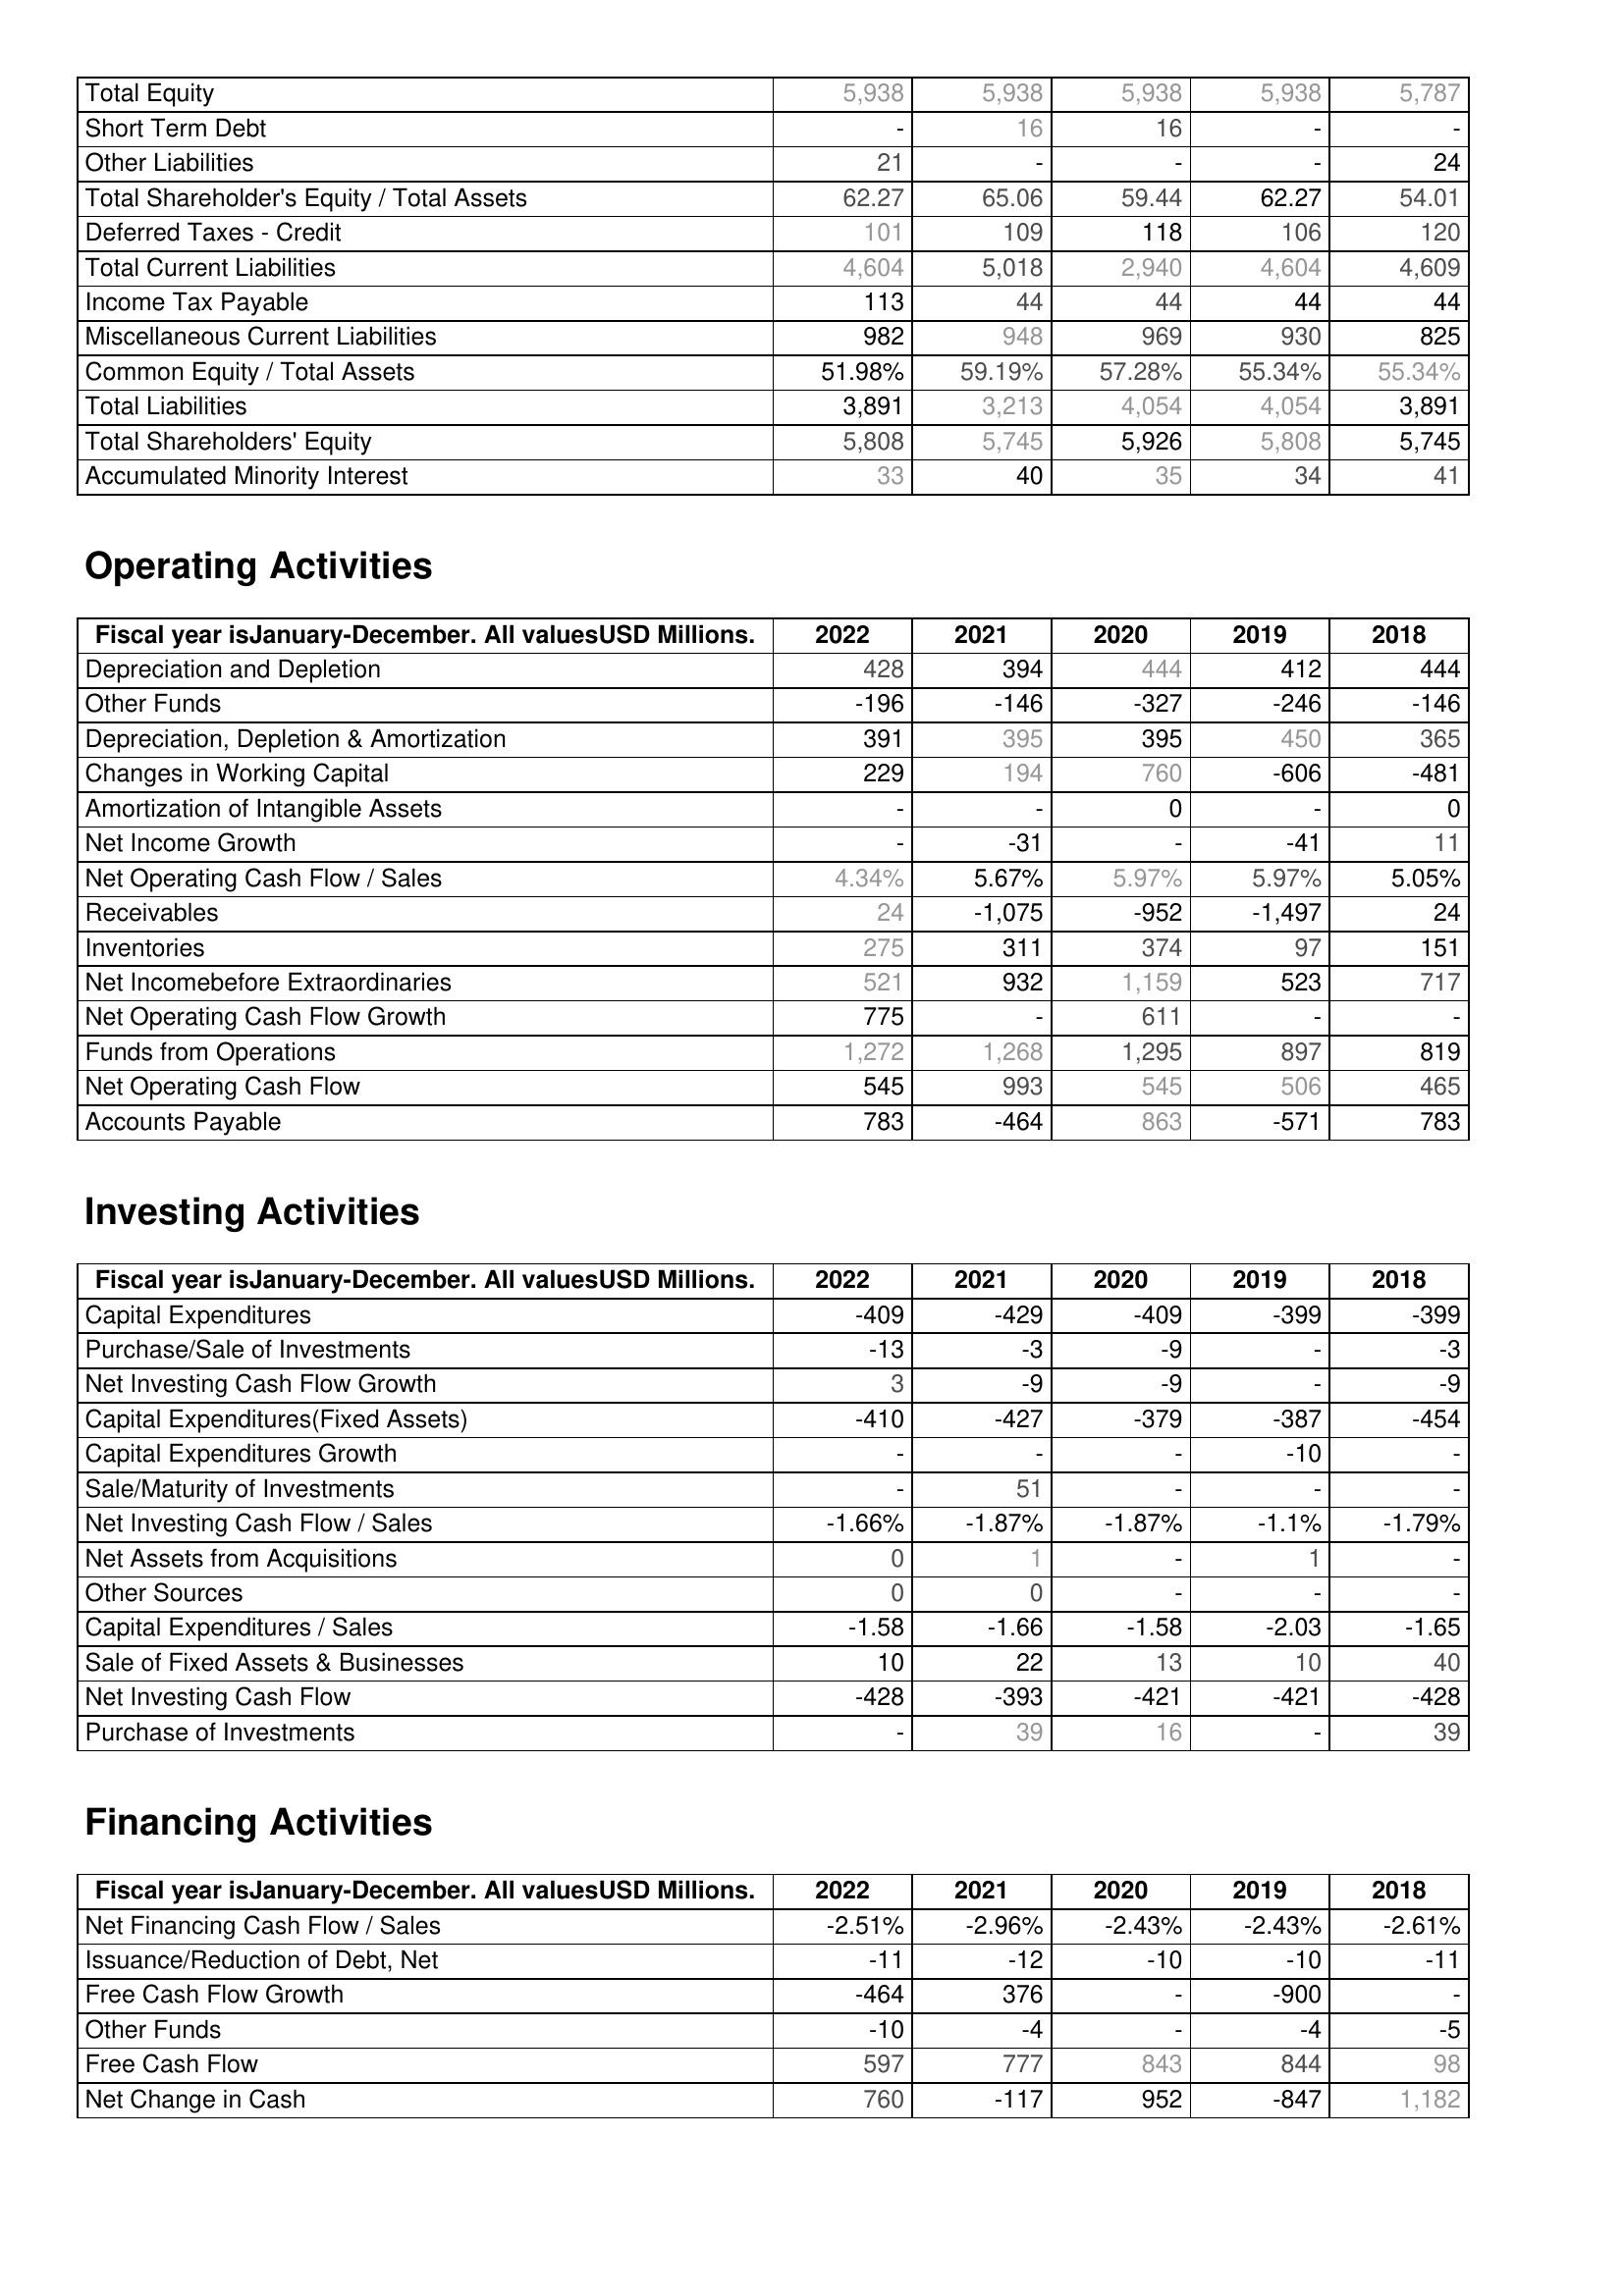
2022: Liabilities & Shareholder's Equity: Total Equity: 5,938
Short Term Debt: -
Other Liabilities: 21
Total Shareholder's Equity / Total Assets: 62.27
Deferred Taxes - Credit: 101
Total Current Liabilities: 4,604
Income Tax Payable: 113
Miscellaneous Current Liabilities: 982
Common Equity / Total Assets: 51.98%
Total Liabilities: 3,891
Total Shareholders' Equity: 5,808
Accumulated Minority Interest: 33
Operating Activities: Depreciation and Depletion: 428
Other Funds: -196
Depreciation, Depletion & Amortization: 391
Changes in Working Capital: 229
Amortization of Intangible Assets: -
Net Income Growth: -
Net Operating Cash Flow / Sales: 4.34%
Receivables: 24
Inventories: 275
Net Incomebefore Extraordinaries: 521
Net Operating Cash Flow Growth: 775
Funds from Operations: 1,272
Net Operating Cash Flow: 545
Accounts Payable: 783
Investing Activities: Capital Expenditures: -409
Purchase/Sale of Investments: -13
Net Investing Cash Flow Growth: 3
Capital Expenditures(Fixed Assets): -410
Capital Expenditures Growth: -
Sale/Maturity of Investments: -
Net Investing Cash Flow / Sales: -1.66%
Net Assets from Acquisitions: 0
Other Sources: 0
Capital Expenditures / Sales: -1.58
Sale of Fixed Assets & Businesses: 10
Net Investing Cash Flow: -428
Purchase of Investments: -
Financing Activities: Net Financing Cash Flow / Sales: -2.51%
Issuance/Reduction of Debt, Net: -11
Free Cash Flow Growth: -464
Other Funds: -10
Free Cash Flow: 597
Net Change in Cash: 760
2021: Liabilities & Shareholder's Equity: Total Equity: 5,938
Short Term Debt: 16
Other Liabilities: -
Total Shareholder's Equity / Total Assets: 65.06
Deferred Taxes - Credit: 109
Total Current Liabilities: 5,018
Income Tax Payable: 44
Miscellaneous Current Liabilities: 948
Common Equity / Total Assets: 59.19%
Total Liabilities: 3,213
Total Shareholders' Equity: 5,745
Accumulated Minority Interest: 40
Operating Activities: Depreciation and Depletion: 394
Other Funds: -146
Depreciation, Depletion & Amortization: 395
Changes in Working Capital: 194
Amortization of Intangible Assets: -
Net Income Growth: -31
Net Operating Cash Flow / Sales: 5.67%
Receivables: -1,075
Inventories: 311
Net Incomebefore Extraordinaries: 932
Net Operating Cash Flow Growth: -
Funds from Operations: 1,268
Net Operating Cash Flow: 993
Accounts Payable: -464
Investing Activities: Capital Expenditures: -429
Purchase/Sale of Investments: -3
Net Investing Cash Flow Growth: -9
Capital Expenditures(Fixed Assets): -427
Capital Expenditures Growth: -
Sale/Maturity of Investments: 51
Net Investing Cash Flow / Sales: -1.87%
Net Assets from Acquisitions: 1
Other Sources: 0
Capital Expenditures / Sales: -1.66
Sale of Fixed Assets & Businesses: 22
Net Investing Cash Flow: -393
Purchase of Investments: 39
Financing Activities: Net Financing Cash Flow / Sales: -2.96%
Issuance/Reduction of Debt, Net: -12
Free Cash Flow Growth: 376
Other Funds: -4
Free Cash Flow: 777
Net Change in Cash: -117
2020: Liabilities & Shareholder's Equity: Total Equity: 5,938
Short Term Debt: 16
Other Liabilities: -
Total Shareholder's Equity / Total Assets: 59.44
Deferred Taxes - Credit: 118
Total Current Liabilities: 2,940
Income Tax Payable: 44
Miscellaneous Current Liabilities: 969
Common Equity / Total Assets: 57.28%
Total Liabilities: 4,054
Total Shareholders' Equity: 5,926
Accumulated Minority Interest: 35
Operating Activities: Depreciation and Depletion: 444
Other Funds: -327
Depreciation, Depletion & Amortization: 395
Changes in Working Capital: 760
Amortization of Intangible Assets: 0
Net Income Growth: -
Net Operating Cash Flow / Sales: 5.97%
Receivables: -952
Inventories: 374
Net Incomebefore Extraordinaries: 1,159
Net Operating Cash Flow Growth: 611
Funds from Operations: 1,295
Net Operating Cash Flow: 545
Accounts Payable: 863
Investing Activities: Capital Expenditures: -409
Purchase/Sale of Investments: -9
Net Investing Cash Flow Growth: -9
Capital Expenditures(Fixed Assets): -379
Capital Expenditures Growth: -
Sale/Maturity of Investments: -
Net Investing Cash Flow / Sales: -1.87%
Net Assets from Acquisitions: -
Other Sources: -
Capital Expenditures / Sales: -1.58
Sale of Fixed Assets & Businesses: 13
Net Investing Cash Flow: -421
Purchase of Investments: 16
Financing Activities: Net Financing Cash Flow / Sales: -2.43%
Issuance/Reduction of Debt, Net: -10
Free Cash Flow Growth: -
Other Funds: -
Free Cash Flow: 843
Net Change in Cash: 952
2019: Liabilities & Shareholder's Equity: Total Equity: 5,938
Short Term Debt: -
Other Liabilities: -
Total Shareholder's Equity / Total Assets: 62.27
Deferred Taxes - Credit: 106
Total Current Liabilities: 4,604
Income Tax Payable: 44
Miscellaneous Current Liabilities: 930
Common Equity / Total Assets: 55.34%
Total Liabilities: 4,054
Total Shareholders' Equity: 5,808
Accumulated Minority Interest: 34
Operating Activities: Depreciation and Depletion: 412
Other Funds: -246
Depreciation, Depletion & Amortization: 450
Changes in Working Capital: -606
Amortization of Intangible Assets: -
Net Income Growth: -41
Net Operating Cash Flow / Sales: 5.97%
Receivables: -1,497
Inventories: 97
Net Incomebefore Extraordinaries: 523
Net Operating Cash Flow Growth: -
Funds from Operations: 897
Net Operating Cash Flow: 506
Accounts Payable: -571
Investing Activities: Capital Expenditures: -399
Purchase/Sale of Investments: -
Net Investing Cash Flow Growth: -
Capital Expenditures(Fixed Assets): -387
Capital Expenditures Growth: -10
Sale/Maturity of Investments: -
Net Investing Cash Flow / Sales: -1.1%
Net Assets from Acquisitions: 1
Other Sources: -
Capital Expenditures / Sales: -2.03
Sale of Fixed Assets & Businesses: 10
Net Investing Cash Flow: -421
Purchase of Investments: -
Financing Activities: Net Financing Cash Flow / Sales: -2.43%
Issuance/Reduction of Debt, Net: -10
Free Cash Flow Growth: -900
Other Funds: -4
Free Cash Flow: 844
Net Change in Cash: -847
2018: Liabilities & Shareholder's Equity: Total Equity: 5,787
Short Term Debt: -
Other Liabilities: 24
Total Shareholder's Equity / Total Assets: 54.01
Deferred Taxes - Credit: 120
Total Current Liabilities: 4,609
Income Tax Payable: 44
Miscellaneous Current Liabilities: 825
Common Equity / Total Assets: 55.34%
Total Liabilities: 3,891
Total Shareholders' Equity: 5,745
Accumulated Minority Interest: 41
Operating Activities: Depreciation and Depletion: 444
Other Funds: -146
Depreciation, Depletion & Amortization: 365
Changes in Working Capital: -481
Amortization of Intangible Assets: 0
Net Income Growth: 11
Net Operating Cash Flow / Sales: 5.05%
Receivables: 24
Inventories: 151
Net Incomebefore Extraordinaries: 717
Net Operating Cash Flow Growth: -
Funds from Operations: 819
Net Operating Cash Flow: 465
Accounts Payable: 783
Investing Activities: Capital Expenditures: -399
Purchase/Sale of Investments: -3
Net Investing Cash Flow Growth: -9
Capital Expenditures(Fixed Assets): -454
Capital Expenditures Growth: -
Sale/Maturity of Investments: -
Net Investing Cash Flow / Sales: -1.79%
Net Assets from Acquisitions: -
Other Sources: -
Capital Expenditures / Sales: -1.65
Sale of Fixed Assets & Businesses: 40
Net Investing Cash Flow: -428
Purchase of Investments: 39
Financing Activities: Net Financing Cash Flow / Sales: -2.61%
Issuance/Reduction of Debt, Net: -11
Free Cash Flow Growth: -
Other Funds: -5
Free Cash Flow: 98
Net Change in Cash: 1,182